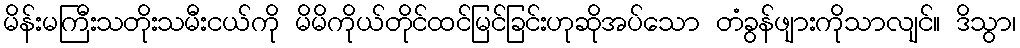
မိန်းမကြီးသတိုးသမီးငယ်ကို မိမိကိုယ်တိုင်ထင်မြင်ခြင်းဟုဆိုအပ်သော တံခွန်ဖျားကိုသာလျင်။ ဒိသွာ၊